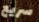
سريع